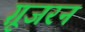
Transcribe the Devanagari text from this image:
ग़ूजरन